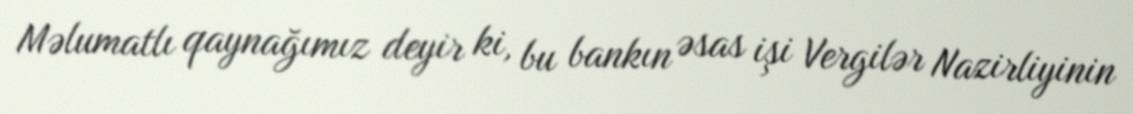
Məlumatlı qaynağımız deyir ki, bu bankın əsas işi Vergilər Nazirliyinin